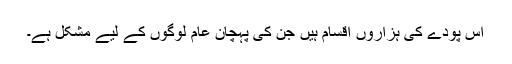
اس پودے کی ہزاروں اقسام ہیں جن کی پہچان عام لوگوں کے لیے مشکل ہے۔